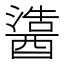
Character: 𬪵